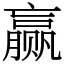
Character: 赢